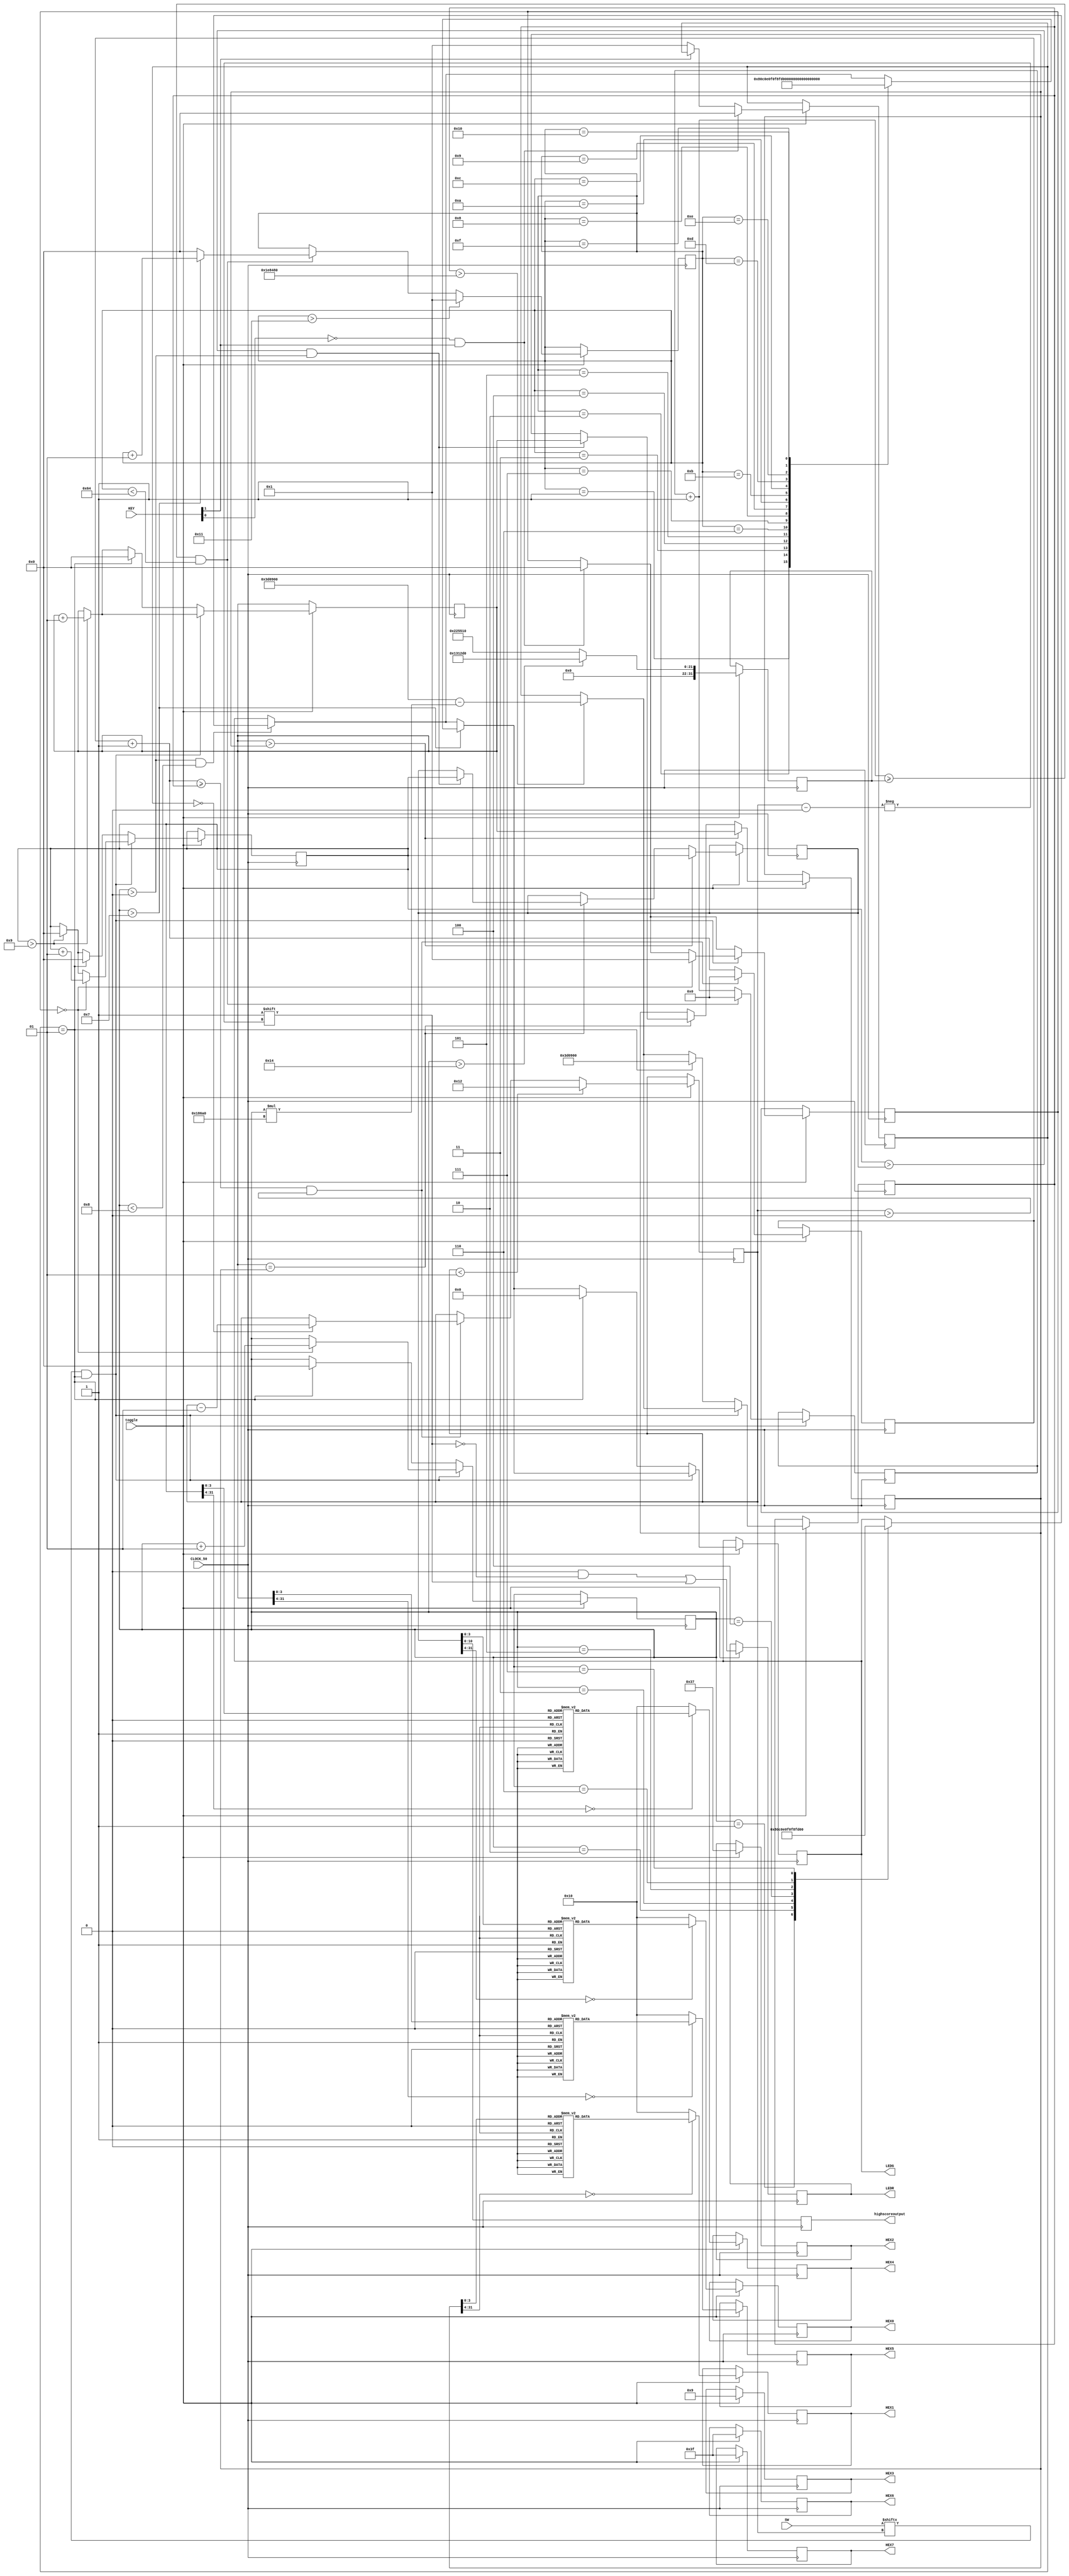
module zapsgame(CLOCK_50, SW, LEDR, LEDG, KEY, HEX0, HEX1, HEX2, HEX3, HEX4, HEX5, HEX6, HEX7, toggle, highscoreoutput);

input [17:0] SW;
input [3:0] KEY;
input toggle;
output reg [6:0] HEX0, HEX1, HEX2, HEX3, HEX4, HEX5, HEX6, HEX7;
input CLOCK_50;
output reg [17:0] LEDR;
output reg [7:0] LEDG;
integer timer = 4000000;
integer timer2 = 2500000;
reg[27:0] Q = 0;
reg[27:0] R = 0;
integer S = 0;
integer on = 0;	
integer next = 0;
integer win = 0;
integer winnum = 0;
integer winnum2 = 0;
integer highscore = 0;
integer highscore2 = 0;
integer newhighscore = 0;
integer T = 18;
integer N = 0;
output reg [10:0]highscoreoutput;

always @ (posedge CLOCK_50) begin

	highscoreoutput <= highscore;
	
	if(toggle) begin //check toggle
	
	//CLOCK 1, controls the red LEDs
	//timer variable changes depending on how many wins the player has (found below)
	Q = Q + 1;
	if(Q >= timer && T > 0) begin
		if (on == 0) begin
			T <= T - 1;
		end
		Q <= 0;
	end
	              
	//changes the timer variable based off win number
	//subtracts 100000 per win, maximum speed is 2000000
	//based off CLOCK 1
	if(timer > 2000000) begin
		timer <= 4000000 - (win * 100000);
	end
	
	//win counter, displays the HEX display of the win (HEX5 and HEX4)
	//winnum represents the 1's digits, winnum2 represents the 10's digits
	//winnum calculation happens in sync with win calculation (farther below)
	//winnum based off win, winnum2 based off winnum
	//resets if win streak broken (also farther below)
	if(winnum > 9) begin
		winnum <= 0;
		winnum2 <= winnum2 + 1;
	end
	case(winnum)
		0: HEX4 <= 7'b1000000;
		1: HEX4 <= 7'b1111001;
		2: HEX4 <= 7'b0100100;
		3: HEX4 <= 7'b0110000;
		4: HEX4 <= 7'b0011001;
		5: HEX4 <= 7'b0010010;
		6: HEX4 <= 7'b0000010;
		7: HEX4 <= 7'b1111000;
		8: HEX4 <= 7'b0000000;
		9: HEX4 <= 7'b0010000;
		default: HEX4 <= 7'b0010000;
	endcase
	case(winnum2)
		0: HEX5 <= 7'b1000000;
		1: HEX5 <= 7'b1111001;
		2: HEX5 <= 7'b0100100;
		3: HEX5 <= 7'b0110000;
		4: HEX5 <= 7'b0011001;
		5: HEX5 <= 7'b0010010;
		6: HEX5 <= 7'b0000010;
		7: HEX5 <= 7'b1111000;
		8: HEX5 <= 7'b0000000;
		9: HEX5 <= 7'b0010000;
		default: HEX5 <= 7'b0010000;
	endcase
	
	//highscore HEX display (HEX7 and HEX6)
	//highscore 1's digit, highscore2 10's digit
	//compares values to winnum and winnum2
	//since no actual value, checks digits individually
	//newhighscore set to 1 for the next feature
	if(winnum2 > highscore2) begin
		highscore <= winnum;
		highscore2 <= winnum2;
		newhighscore <= 1;
	end else if (winnum2 == highscore2) begin
		if(winnum > highscore && win > 0) begin
			highscore <= winnum;
			highscore2 <= winnum2;
			newhighscore <= 1;
		end
	end
		case(highscore)
		0: HEX0 <= 7'b1000000;
		1: HEX0 <= 7'b1111001;
		2: HEX0 <= 7'b0100100;
		3: HEX0 <= 7'b0110000;
		4: HEX0 <= 7'b0011001;
		5: HEX0 <= 7'b0010010;
		6: HEX0 <= 7'b0000010;
		7: HEX0 <= 7'b1111000;
		8: HEX0 <= 7'b0000000;
		9: HEX0 <= 7'b0010000;
		default: HEX0 <= 7'b0010000;
	endcase
	case(highscore2)
		0: HEX1 <= 7'b1000000;
		1: HEX1 <= 7'b1111001;
		2: HEX1 <= 7'b0100100;
		3: HEX1 <= 7'b0110000;
		4: HEX1 <= 7'b0011001;
		5: HEX1 <= 7'b0010010;
		6: HEX1 <= 7'b0000010;
		7: HEX1 <= 7'b1111000;
		8: HEX1 <= 7'b0000000;
		9: HEX1 <= 7'b0010000;
		default: HEX1 <= 7'b0010000;
	endcase
	
//	//newhighscore HEX display (HEX3-0)
//	//if winnum > highscore, newhighscore is set in previous method
//	//CLOCK2, displays "COOL" that flashes based off new clock (variable N)
//	if(newhighscore == 1) begin
//		N <= N + 1;
//		if(N > 50000000) begin
//			N <= 0;
//		end
//	end
//	if(newhighscore == 1 && N < 30000000) begin
//		HEX0 <= 7'b1000111;
//		HEX3 <= 7'b1000110;
//		HEX1 <= 7'b1000000;
//		HEX2 <= 7'b1000000;
//	end 
//	
//	if(newhighscore == 1 && N >= 30000000) begin
//		HEX0 <= 7'b1111111;
//		HEX3 <= 7'b1111111;
//		HEX1 <= 7'b1111111;
//		HEX2 <= 7'b1111111;
//	end
//	if(newhighscore == 0) begin
//		HEX0 <= 7'b1000000;
//		HEX3 <= 7'b1000000;
//		HEX1 <= 7'b1000000;
//		HEX2 <= 7'b1000000;
//	end

	//CLOCK3, green light display (LEDG7-0)
	//a single green light turns on for each win up to 7
	//after 8 consecutive wins, green light "wipes" across
	//after 20 wins, lights go faster
	R = R + 1;
	if(R >= timer2 && S < 100) begin
		if (win > 7) begin
			S <= S + 1;
		end else begin
			S <= 0;
		end
		R <= 0;
	end
	if (win > 20) begin
		timer2 <= 1250000;
	end else begin
		timer2 <= 2250000;
	end
	if (win > 0 && win < 8) begin
		case(win)
		1: LEDG <= 8'b10000000;
		2:	LEDG <= 8'b11000000;
		3:	LEDG <= 8'b11100000;
		4:	LEDG <= 8'b11110000;
		5:	LEDG <= 8'b11111000;
		6:	LEDG <= 8'b11111100;
		7:	LEDG <= 8'b11111110;
		endcase
	end
	if (win > 7) begin
		case(S)
		1:	LEDG <= 8'b00000000;
		2: LEDG <= 8'b10000000;
		3:	LEDG <= 8'b11000000;
		4:	LEDG <= 8'b11100000;
		5:	LEDG <= 8'b11110000;
		6:	LEDG <= 8'b11111000;
		7:	LEDG <= 8'b11111100;
		8:	LEDG <= 8'b11111110;
		9:	LEDG <= 8'b11111111;
		10:LEDG <= 8'b01111111;
		11:LEDG <= 8'b00111111;
		12:LEDG <= 8'b00011111;
		13:LEDG <= 8'b00001111;
		14:LEDG <= 8'b00000111;
		15:LEDG <= 8'b00000011;
		16:LEDG <= 8'b00000001;
		endcase
	end
	
	//sets "on" to 1 if KEY is clicked, used for tracking button presses
	//when on = 1, red LEDs stop moving
	if (~KEY[1]) begin
		on <= 1; 
	end
	
	
	//resumes game after press
	//initially resets all green LEDs to 0 again
	//sets next back to 0, used for tracking button presses
	if (~KEY[0] && KEY[1]) begin
		on <= 0;
		next <= 0;
	end
	
	//T represents which red LED is on, 18 LEDs, works backward (from first clock)
	//also used for SW activation
	if (T < 1) begin
		T <= 18;
	end
	
	if (S > 17) begin
		S <= 1;
	end

	//initially set red LEDs to 0
	LEDR <= 18'b000000000000000000;
	LEDR[T] <= 1;
	
	//if the SW at LED T is switched on and "on" is activate (meaning KEY1 was just pressed)
	//increment win counter and set next to 1 (can't keep pressing the button to get wins, LED must be moving) -> KEY0
	//else missed, reset all counters
	if (SW[T] == 1 && on == 1) begin
		if (next == 0)begin
			win <= win + 1;
			winnum <= winnum + 1;
			next <= 1;
		end
	end else if (on == 1) begin
		win <= 0;
		winnum <= 0;
		winnum2 <= 0;
		newhighscore <= 0;
		timer <= 4000000;
		LEDG <= 8'b00000000;
	end
	
	HEX6 <= 7'b0111111;
	HEX7 <= 7'b0111111;
	HEX3 <= 7'b0001001;
	HEX2 <= 7'b0110111;
	end //end toggle
end

endmodule